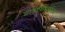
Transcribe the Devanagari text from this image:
मार्गदर्शनाकरिता